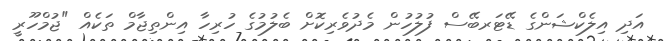
އަދި އިލެކްޝަންގެ ޑޭޓަރބޭސް ފުލުހުން މެދުވެރިކޮށް ބެލުމުގެ ހުރިހާ އިންތިޖާމް ތަކެއް "ޖުމްހޫރީ